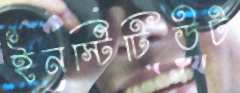
ইনস্টিটিউট